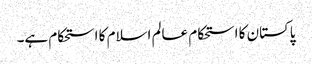
پاکستان کا استحکام عالم اسلام کا استحکام ہے۔